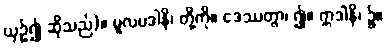
ယှဉ်၍ ဆိုသည်)။ မူလပဒါနိ၊ တို့ကို။ ဒေဿတွာ၊ ၍။ ဣဒါနိ၊ ၌။